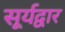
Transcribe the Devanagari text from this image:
सूर्यद्वार